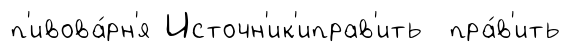
п'ивова́рн'я Источн'ик'иправ'ить пра́в'ить